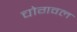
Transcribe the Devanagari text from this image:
चोगवल